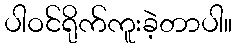
ပါဝင်ရိုက်ကူးခဲ့တာပါ။